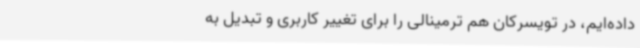
داده‌ایم، در تویسرکان هم ترمینالی را برای تغییر کاربری و تبدیل به